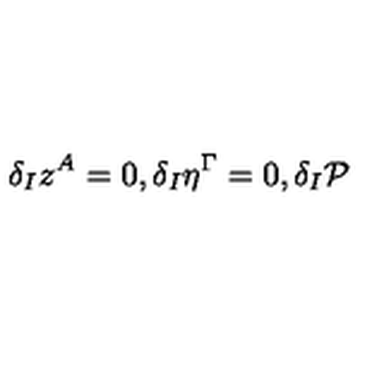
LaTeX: \delta _ { I } z ^ { A } = 0 , \delta _ { I } \eta ^ { \Gamma } = 0 , \delta _ { I } \mathcal { P }